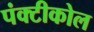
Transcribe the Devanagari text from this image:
पंक्टीकोल